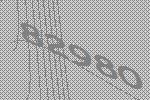
82980